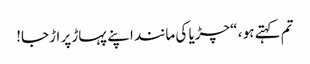
تم کہتے ہو ، “چڑیا کی مانند اپنے پہاڑ پر اڑجا!